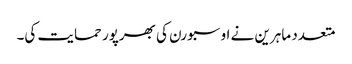
متعدد ماہرین نے اوسبورن کی بھرپور حمایت کی۔